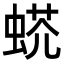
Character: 𧌺